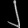
Digit: ၂